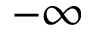
- \infty